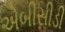
એબીસીડી